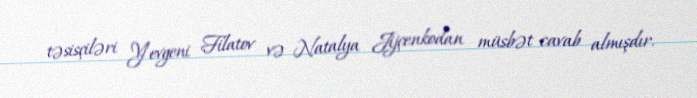
təsisçiləri Yevgeni Filatov və Natalya Jijçenkodan müsbət cavab almışdır.